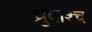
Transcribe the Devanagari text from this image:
ध्रुवाश्च